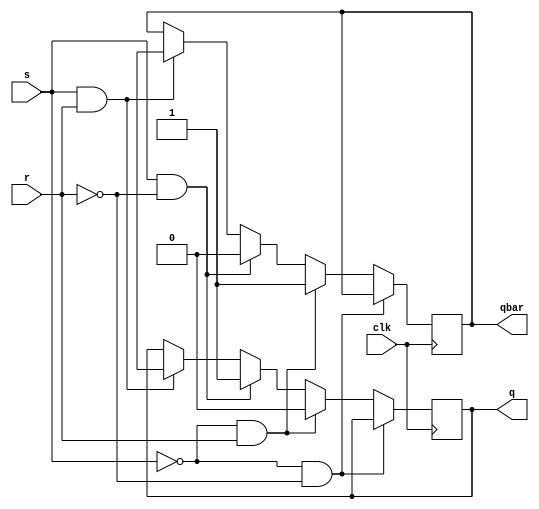
`timescale 1ns / 1ps

module sr_flipflop(
    output reg q, qbar,
    input s, r, clk
);
    always @(posedge clk) begin
        if (s == 0 && r == 0) begin
            q <= q;
            qbar <= qbar;
        end
        else if (s == 0 && r == 1) begin
            q <= 1'b0;
            qbar <= 1'b1;
        end
        else if (s == 1 && r == 0) begin
            q <= 1'b1;
            qbar <= 1'b0;
        end
        else if (s == 1 && r == 1) begin
            q <= 1'bx;
            qbar <= 1'bx;
        end
    end
endmodule

module T_by_SR(q, qbar, t, clk);
    output q,qbar;
    input t, clk;
    reg temp;
    wire s, r;
    always @(posedge clk) begin
        temp = q;
    end
    assign qbar = ~q;
    assign s = t & ~temp;
    assign r = t & temp;
    sr_flipflop srff(q, qbar, s, r, clk);
    initial begin
        temp =0;
    end
endmodule